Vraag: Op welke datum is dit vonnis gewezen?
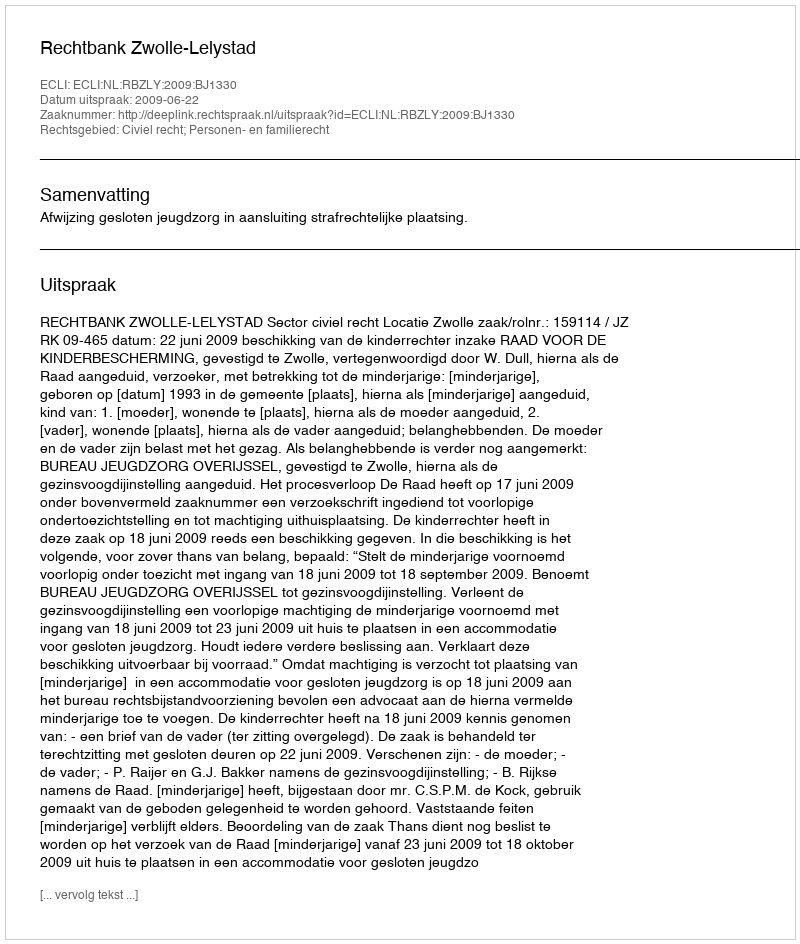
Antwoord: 2009-06-22